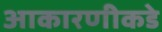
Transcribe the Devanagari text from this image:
आकारणीकडे